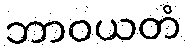
ဘာဝယတံ